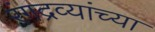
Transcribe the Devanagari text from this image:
रंगद्रव्यांच्या